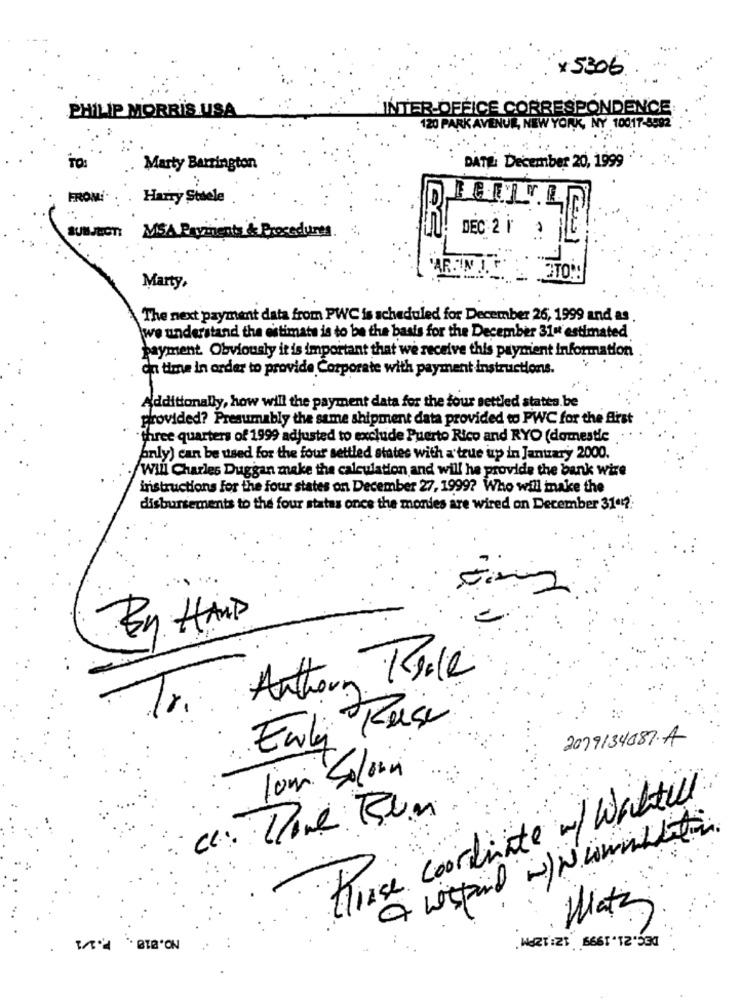
x5306
PHILIP MORRIS USA
INTER-OFFICE CORRESPONDENCE
20 PARKAVE
J& NEW YORK, NY 10017-8592
TO:
Marty Barrington
DATE: December 20, 1999
FROM!
Harry Stuele
SUBJECT:
MSA Payments & Procedures
DEC 2 12
"ART IN
Marty,
The next payment data from PWC is scheduled for December 26, 1999 and as
we understand the estimate is to be the basis for the December 31ut estimated
payment. Obviously it is important that we receive this paymient information
On time in order to provide Corporate with payment instructions.
Additionally, how will the payment data for the tour settled states.be
provided? Presumably the same shipment data provided to PWC for the first
"three quarters of 1999 adjusted to exclude Puerto Rico and RYO (domestic
only) can be used for the four settled states with a true up in January 2000.
Will Charles Duggan make the calculation and will ha provide the bank wire
instructions For the four states on December 27, 1999? Who will make the
disbursements to the four statas once the monies are wired on December 31" ?.
By HAND
Anthony Kole
10.
Enli Kerse
2079134087.A
lom Solon
Horse coordinate w/Waittill
Watz
" BETA "ON
WART:21 6661 *12.531